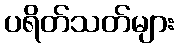
ပရိတ်သတ်များ